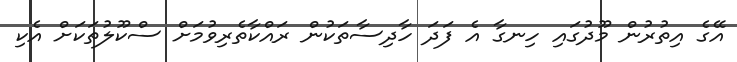
އޭގެ އިތުރުން މޫދުގައި ހިނގާ އެ ފަދަ ހާދިސާތަކުން ރައްކާތެރިވުމަށް ސްކޫލުތަކަށް އެކި